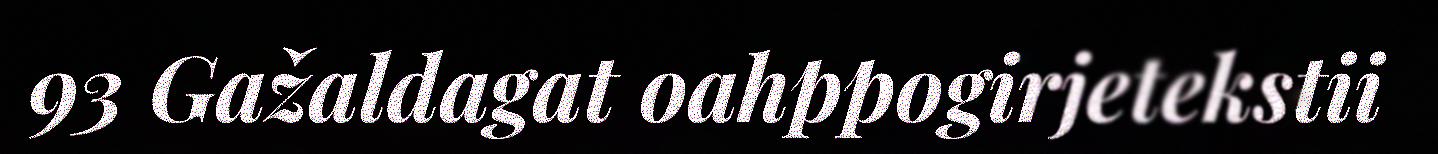
93 Gažaldagat oahppogirjetekstii